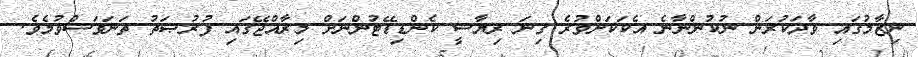
ނިޒާމުގައި ވާދަކުރަން ނުކުންނާނެ އެކަކަށްވުރެ ގިނަ ރިޔާސީ ކެންޑިޑޭޓުންނަށް މިރާއްޖޭގައި ފުރުޞަތު ތަނަވަސްވުމެވެ.